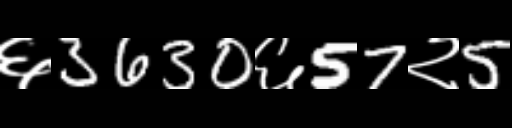
Text: ६3630६57२5